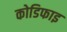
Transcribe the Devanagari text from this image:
कोडिफाइ